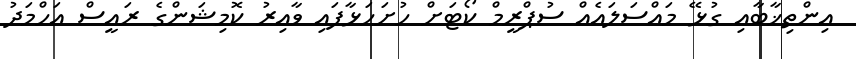
އިންތިޚާބާއި ގުޅޭ މައްސަލައެއް ސުޕްރީމް ކޯޓަށް ހުށަހަޅާފައި ވާއިރު ކޮމިޝަންގެ ރައީސް އަހްމަދު